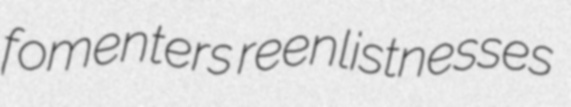
fomenters reenlistnesses